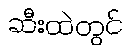
ဆီးထဲတွင်